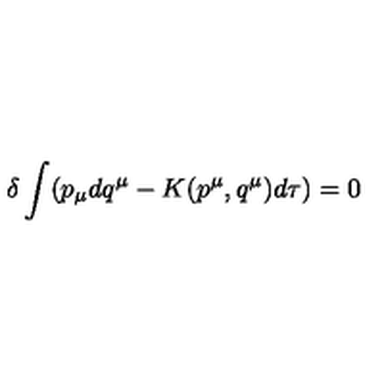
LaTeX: \delta \int ( p _ { \mu } d q ^ { \mu } - K ( p ^ { \mu } , q ^ { \mu } ) d \tau ) = 0